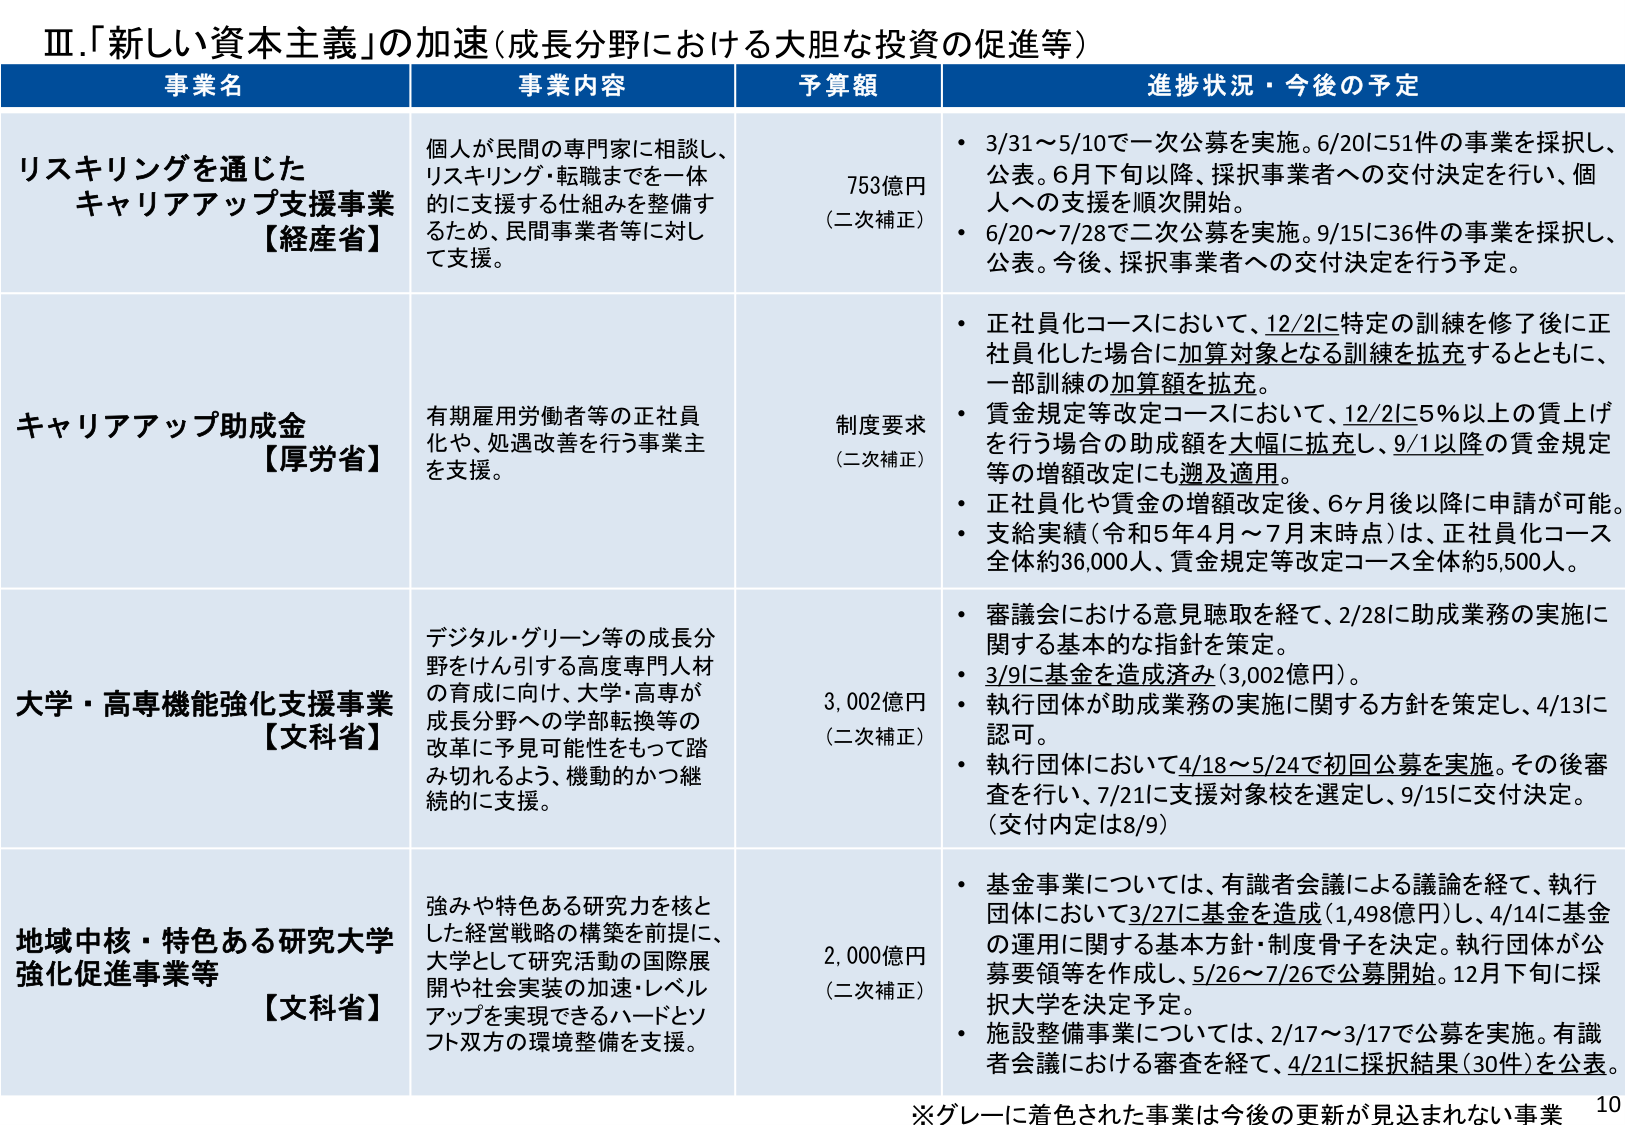
Ⅲ.「新しい資本主義」の加速（成長分野における大胆な投資の促進等）

事業名　　　　　　　　　　　　　事業内容　　　　　　　　　　　　　　予算額　　　　　　　　　　　進捗状況・今後の予定

リスキリングを通じた　　　　　個人が民間の専門家に相談し、　　　　　　　　　　　　　　　　　753億円　　　　　　　・3/31～5/10で一次公募を実施。6/20に51件の事業を採択し、
キャリアアップ支援事業　　　リスキリング・転職までを一体　　　　　　　　　　　　　　　　　（二次補正）　　　　　公表。6月下旬以降、採択事業者への交付決定を行い、個
【経産省】　　　　　　　　　的に支援する仕組みを整備す　　　　　　　　　　　　　　　　　　　　　　　　　　　人への支援を順次開始。
　　　　　　　　　　　　　　るため、民間事業者等に対し　　　　　　　　　　　　　　　　　　　　　　　　　　　・6/20～7/28で二次公募を実施。9/15に36件の事業を採択し、
　　　　　　　　　　　　　　て支援。　　　　　　　　　　　　　　　　　　　　　　　　　　　　　　　　　　　　公表。今後、採択事業者への交付決定を行う予定。

キャリアアップ助成金　　　　有期雇用労働者等の正社員　　　　　　　　　　　　　　　　　制度要求　　　　　　・正社員化コースにおいて、12/2に特定の訓練を修了後に正
【厚労省】　　　　　　　　　化や、処遇改善を行う事業主　　　　　　　　　　　　　　　　　（二次補正）　　　　社員化した場合に加算対象となる訓練を拡充するとともに、
　　　　　　　　　　　　　　を支援。　　　　　　　　　　　　　　　　　　　　　　　　　　　　　　　　　　一部訓練の加算額を拡充。
　　　　　　　　　　　　　　　　　　　　　　　　　　　　　　　　　　　　　　　　　　　　・賃金規定等改定コースにおいて、12/2に5％以上の賃上げ
　　　　　　　　　　　　　　　　　　　　　　　　　　　　　　　　　　　　　　　　　　　　を行う場合の助成額を大幅に拡充し、9/1以降の賃金規定
　　　　　　　　　　　　　　　　　　　　　　　　　　　　　　　　　　　　　　　　　　　　等の増額改定にも遡及適用。
　　　　　　　　　　　　　　　　　　　　　　　　　　　　　　　　　　　　　　　　　　　　・正社員化や賃金の増額改定後、6ヶ月後以降に申請が可能。
　　　　　　　　　　　　　　　　　　　　　　　　　　　　　　　　　　　　　　　　　　　　・支給実績（令和5年4月～7月末時点）は、正社員化コース
　　　　　　　　　　　　　　　　　　　　　　　　　　　　　　　　　　　　　　　　　　　　全体約36,000人、賃金規定等改定コース全体約5,500人。

大学・高専機能強化支援事業　デジタル・グリーン等の成長分　　　　　　　　　　　　　　　3,002億円　　　　　　・審議会における意見聴取を経て、2/28に助成業務の実施に
【文科省】　　　　　　　　　野をけん引する高度専門人材　　　　　　　　　　　　　　　　　（二次補正）　　　　関する基本的な指針を策定。
　　　　　　　　　　　　　　の育成に向け、大学・高専が　　　　　　　　　　　　　　　　　　　　　　　　　　・3/9に基金を造成済み（3,002億円）。
　　　　　　　　　　　　　　成長分野への学部転換等の　　　　　　　　　　　　　　　　　　　　　　　　　　・執行団体が助成業務の実施に関する方針を策定し、4/13に
　　　　　　　　　　　　　　改革に予見可能性をもって踏　　　　　　　　　　　　　　　　　　　　　　　　　　認可。
　　　　　　　　　　　　　　み切れるよう、機動的かつ継　　　　　　　　　　　　　　　　　　　　　　　　　　・執行団体において4/18～5/24で初回公募を実施。その後審
　　　　　　　　　　　　　　続的に支援。　　　　　　　　　　　　　　　　　　　　　　　　　　　　　　　　査を行い、7/21に支援対象校を選定し、9/15に交付決定。
　　　　　　　　　　　　　　　　　　　　　　　　　　　　　　　　　　　　　　　　　　　　（交付内定は8/9）

地域中核・特色ある研究大学　強みや特色ある研究力を核と　　　　　　　　　　　　　　　2,000億円　　　　　　・基金事業については、有識者会議による議論を経て、執行
強化促進事業等　　　　　　　した経営戦略の構築を前提に、　　　　　　　　　　　　　　　（二次補正）　　　　団体において3/27に基金を造成（1,498億円）し、4/14に基金
【文科省】　　　　　　　　　大学として研究活動の国際展　　　　　　　　　　　　　　　　　　　　　　　　　　の運用に関する基本方針・制度骨子を決定。執行団体が公
　　　　　　　　　　　　　　開や社会実装の加速・レベル　　　　　　　　　　　　　　　　　　　　　　　　　　募要領等を作成し、5/26～7/26で公募開始。12月下旬に採
　　　　　　　　　　　　　　アップを実現できるハードとソ　　　　　　　　　　　　　　　　　　　　　　　　　　択大学を決定予定。
　　　　　　　　　　　　　　フト双方の環境整備を支援。　　　　　　　　　　　　　　　　　　　　　　　　　　・施設整備事業については、2/17～3/17で公募を実施。有識
　　　　　　　　　　　　　　　　　　　　　　　　　　　　　　　　　　　　　　　　　　　　者会議における審査を経て、4/21に採択結果（30件）を公表。

※グレーに着色された事業は今後の更新が見込まれない事業

10